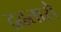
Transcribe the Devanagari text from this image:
द्रढतासे